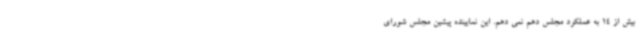
بیش از 14 به عملکرد مجلس دهم نمی دهم. این نمایینده پیشین مجلس شورای